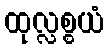
ထုလ္လစ္စယံ